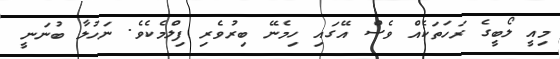
މިއީ ލޯބީގެ ރަހަތަކެއް ވެސް އޭގައި ހިމެނޭ ބިރުވެރި ފިލްމެކެވެ. ނަހުލާ ބުނަނީ